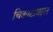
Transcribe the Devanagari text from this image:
चित्रपटाबद्दल